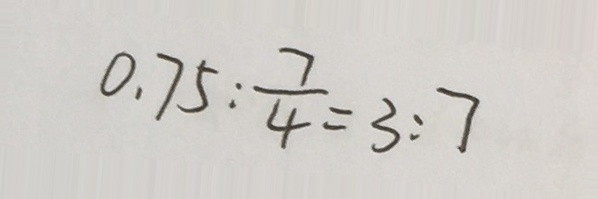
0 . 7 5 : \frac { 7 } { 4 } = 3 : 7